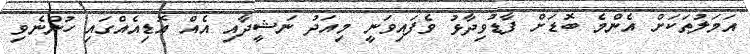
އަމަލުތަކަށް އެންމެ ބޮޑަށް ފާޑުވިދާޅު ވެފައިވަނީ މިއަދު ނަޝީދާއި އެއް އޮޑިއެއްގައި ހުންނެވި